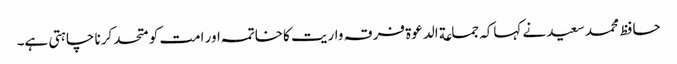
حافظ محمد سعید نے کہاکہ جماعة الدعوة فرقہ واریت کاخاتمہ اور امت کو متحد کرنا چاہتی ہے۔